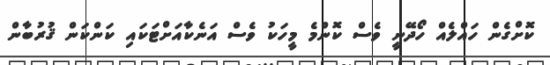
ކޮށްގެން ހައްލެއް ހޯދޭނީ ވެސް ކޮންމެ މީހަކު ވެސް އަނެކާއަށްޓަކައި ކަންކަން ޤުރުބާން